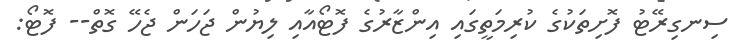
ސިނގިރޭޓު ފޮށިތަކުގެ ކުރިމަތީގައި އިންޒާރުގެ ފޮޓޯއާއި ލިޔުން ޖަހަން ޖެހޭ ގޮތް-- ފޮޓޯ: